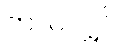
တလလျှင်